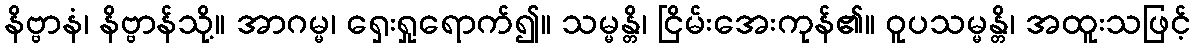
နိဗ္ဗာနံ၊ နိဗ္ဗာန်သို့။ အာဂမ္မ၊ ရှေးရှုရောက်၍။ သမ္မန္တိ၊ ငြိမ်းအေးကုန်၏။ ဝူပသမ္မန္တိ၊ အထူးသဖြင့်